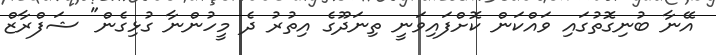
އޭނާ ބުނިގޮތުގައި ވައްކަން ކޮށްފައިވަނީ ތިނަދޫގެ އިތުރު ދެ މީހުންނާ ގުޅިގެން" ޝަފްރާޒް